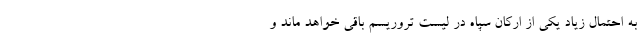
به احتمال زیاد یکی از ارکان سپاه در لیست تروریسم باقی خواهد ماند و